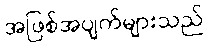
အဖြစ်အပျက်များသည်